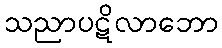
သညာပဋိလာဘော